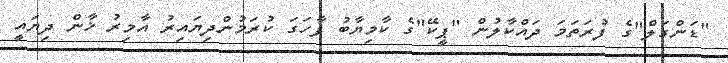
"ޑަންގަލް"ގެ ފުރަތަމަ ދައްކާލުން "ޕީކޭ"ގެ ކާމިޔާބު ފާހަގަ ކުރަމުންދިޔައިރު އާމިރު ޚާން ދިޔައީ